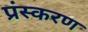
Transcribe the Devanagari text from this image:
प्रंस्करण